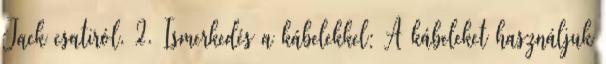
Jack csatiról. 2. Ismerkedés a kábelekkel: A kábeleket használjuk